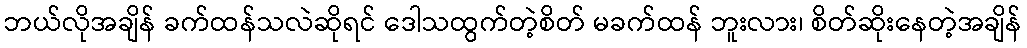
ဘယ်လိုအချိန် ခက်ထန်သလဲဆိုရင် ဒေါသထွက်တဲ့စိတ် မခက်ထန် ဘူးလား၊ စိတ်ဆိုးနေတဲ့အချိန်